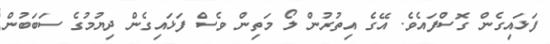
ފަޅައިގެން ގޮސްފައެވެ. އޭގެ އިތުރުން ލޯ މަތިން ވެސް ފަޅައިގެން ދިޔުމުގެ ސަބަބުން